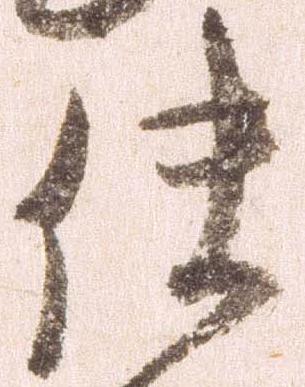
使